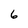
Character: 6